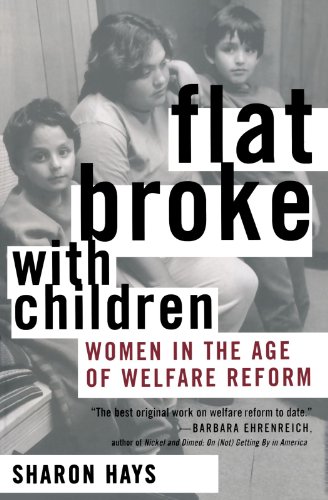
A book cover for Flat Broke with Children: Women in the Age of Welfare Reform; Sharon Hays; Gay & Lesbian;